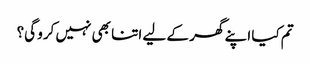
تم کیا اپنے گھر کے لیے اتنا بھی نہیں کرو گی؟